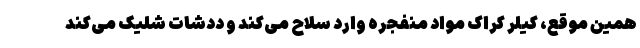
همین موقع، کیلر کراک مواد منفجره وارد سلاح می‌کند و ددشات شلیک می‌کند